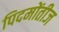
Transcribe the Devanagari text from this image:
पिदमोंतीज